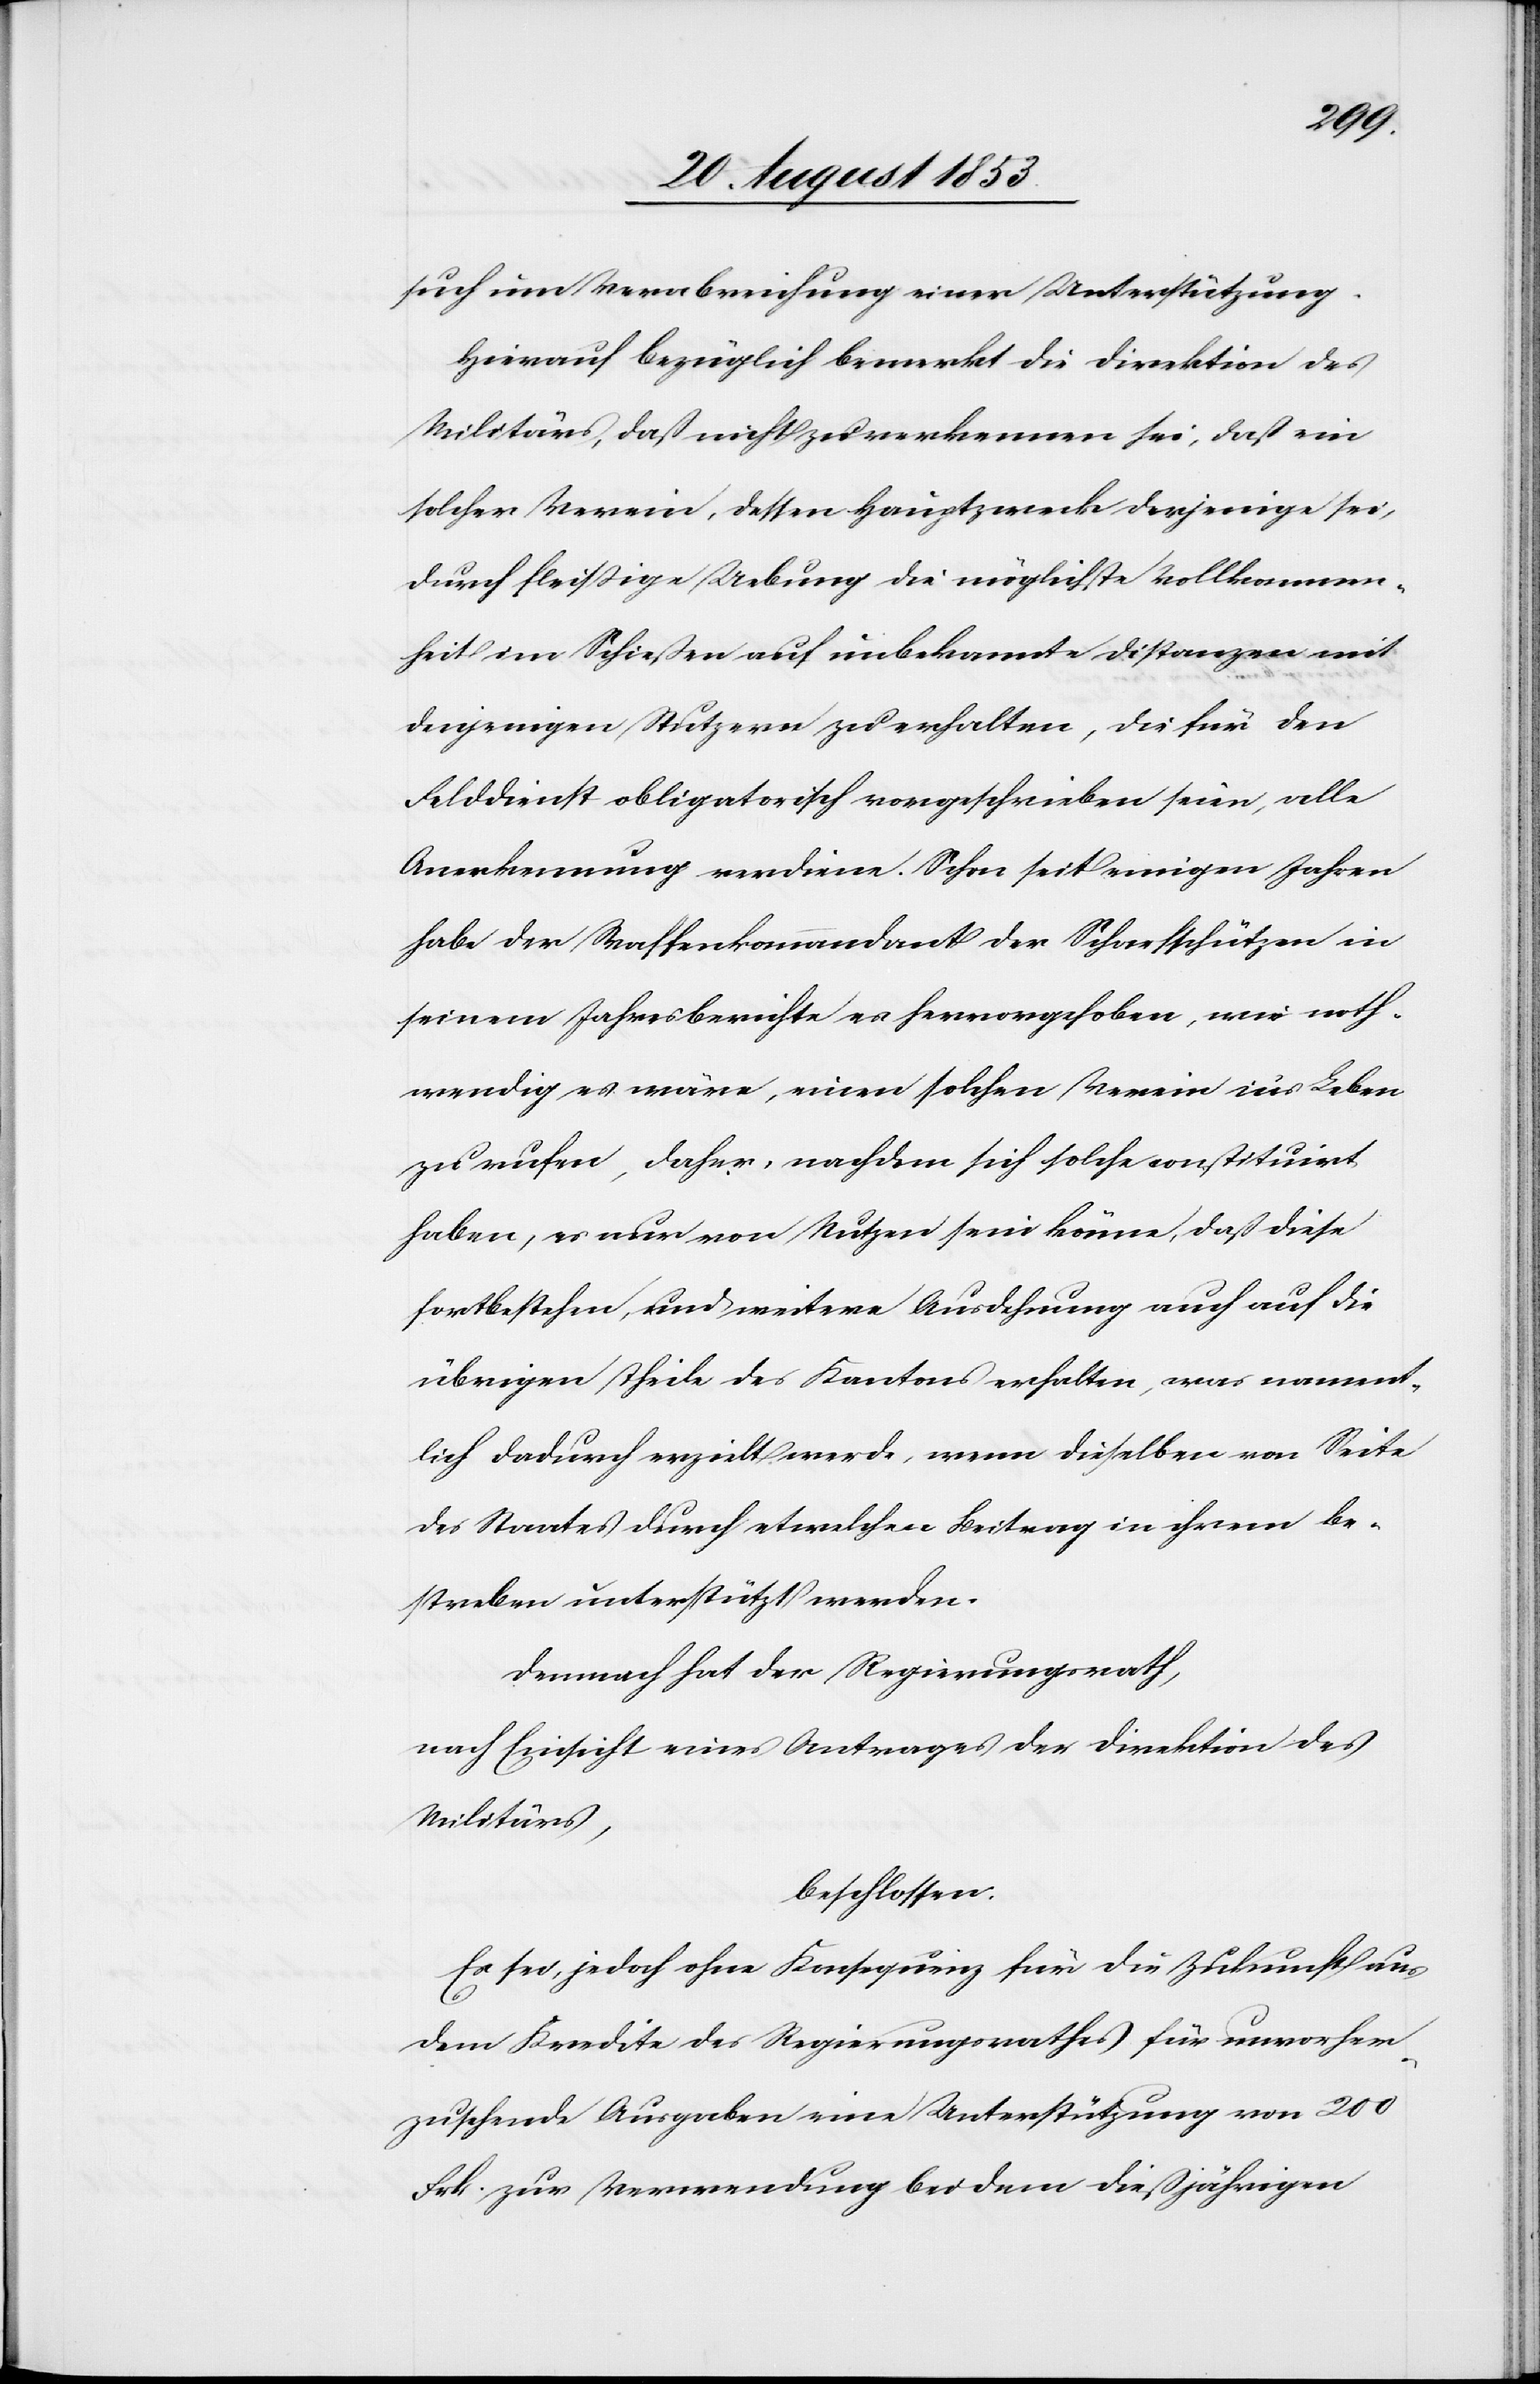
such um Verabreichung einer Unterstützung.
Hierauf bezüglich bemerkt die Direktion des
Militärs, daß nicht zu verkennen sei, daß ein
solcher Verein, dessen Hauptzweck derjenige sei,
durch fleißige Uebung die möglichste Vollkommen¬
heit im Schießen auf unbekannte Distanzen mit
denjenigen Stutzern zu erhalten, die für den
Felddienst obligatorisch vorgeschrieben seien, alle
Anerkennung verdiene. Schon seit einigen Jahren
habe der Waffenkommandant der Scharfschützen in
seinem Jahresberichte es hervorgehoben, wie noth¬
wendig es wäre, einen solchen Verein in’s Leben
zu rufen, daher, nachdem sich solche constituirt
haben, es nur von Nutzen sein könne, daß diese
fortbestehen, und weitere Ausdehnung auch auf die
übrigen Theile des Kantons erhalten, was nament¬
lich dadurch erzielt werde, wenn dieselben von Seite
des Staates durch etwelchen Beitrag in ihrem Be¬
streben unterstützt werden.
Demnach hat der Regierungsrath,
nach Einsicht eines Antrages der Direktion des
Militärs,
beschlossen:
Es sei, jedoch ohne Konsequenz für die Zukunft aus
dem Kredite des Regierungsrathes für unvorher¬
zusehende Ausgaben eine Unterstützung von 200
Frk. zur Verwendung bei dem dießjährigen